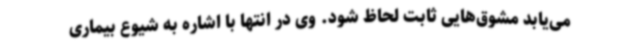
می‌یابد مشوق‌هایی ثابت لحاظ شود. وی در انتها با اشاره به شیوع بیماری